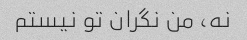
نه، من نگران تو نیستم